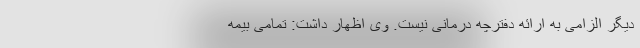
دیگر الزامی به ارائه دفترچه درمانی نیست. وی اظهار داشت: تمامی بیمه